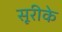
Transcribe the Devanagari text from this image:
सूरीके